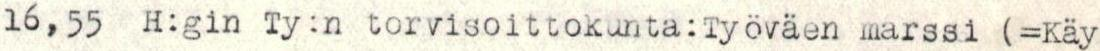
16,55   H:gin Ty:n torvisoittokunta:Työväen marssi (=Käy